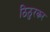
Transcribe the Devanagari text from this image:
ठिठुरकर